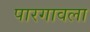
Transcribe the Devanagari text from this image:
पारगावला